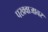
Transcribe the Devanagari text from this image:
पखवाजावर